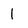
Character: 1